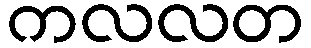
ကလလတ